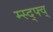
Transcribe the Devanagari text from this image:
म्स्द्फ्व्